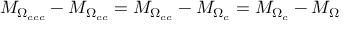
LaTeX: M _ { \Omega _ { c c c } } - M _ { \Omega _ { c c } } = M _ { \Omega _ { c c } } - M _ { \Omega _ { c } } = M _ { \Omega _ { c } } - M _ { \Omega }